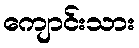
ကျောင်းသား